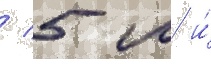
/ 5 м и́